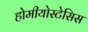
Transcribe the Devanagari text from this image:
होमीयोस्टेसिस